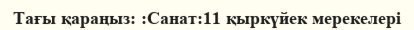
Тағы қараңыз: :Санат:11 қыркүйек мерекелері